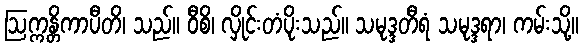
ဩက္ကန္တိကာပီတိ၊ သည်။ ဝီစိ၊ လှိုင်းတံပိုးသည်။ သမုဒ္ဒတီရံ သမုဒ္ဒရာ၊ ကမ်းသို့။